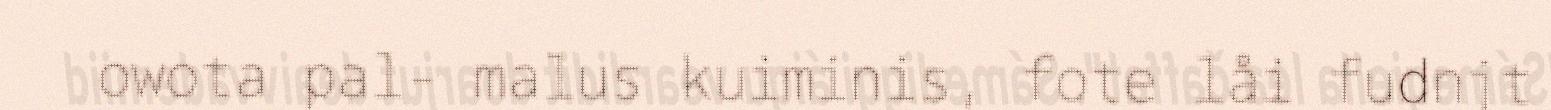
owota pal- malus kuiminis, fote låi fudnjt